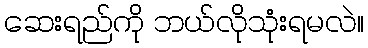
ဆေးရည်ကို ဘယ်လိုသုံးရမလဲ။